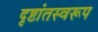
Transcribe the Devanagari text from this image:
दृष्टांतस्वरूप